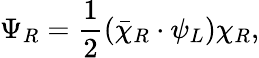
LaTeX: \Psi_{R}={\frac{1}{2}}(\bar{\chi}_{R}\cdot\psi_{L})\chi_{R},